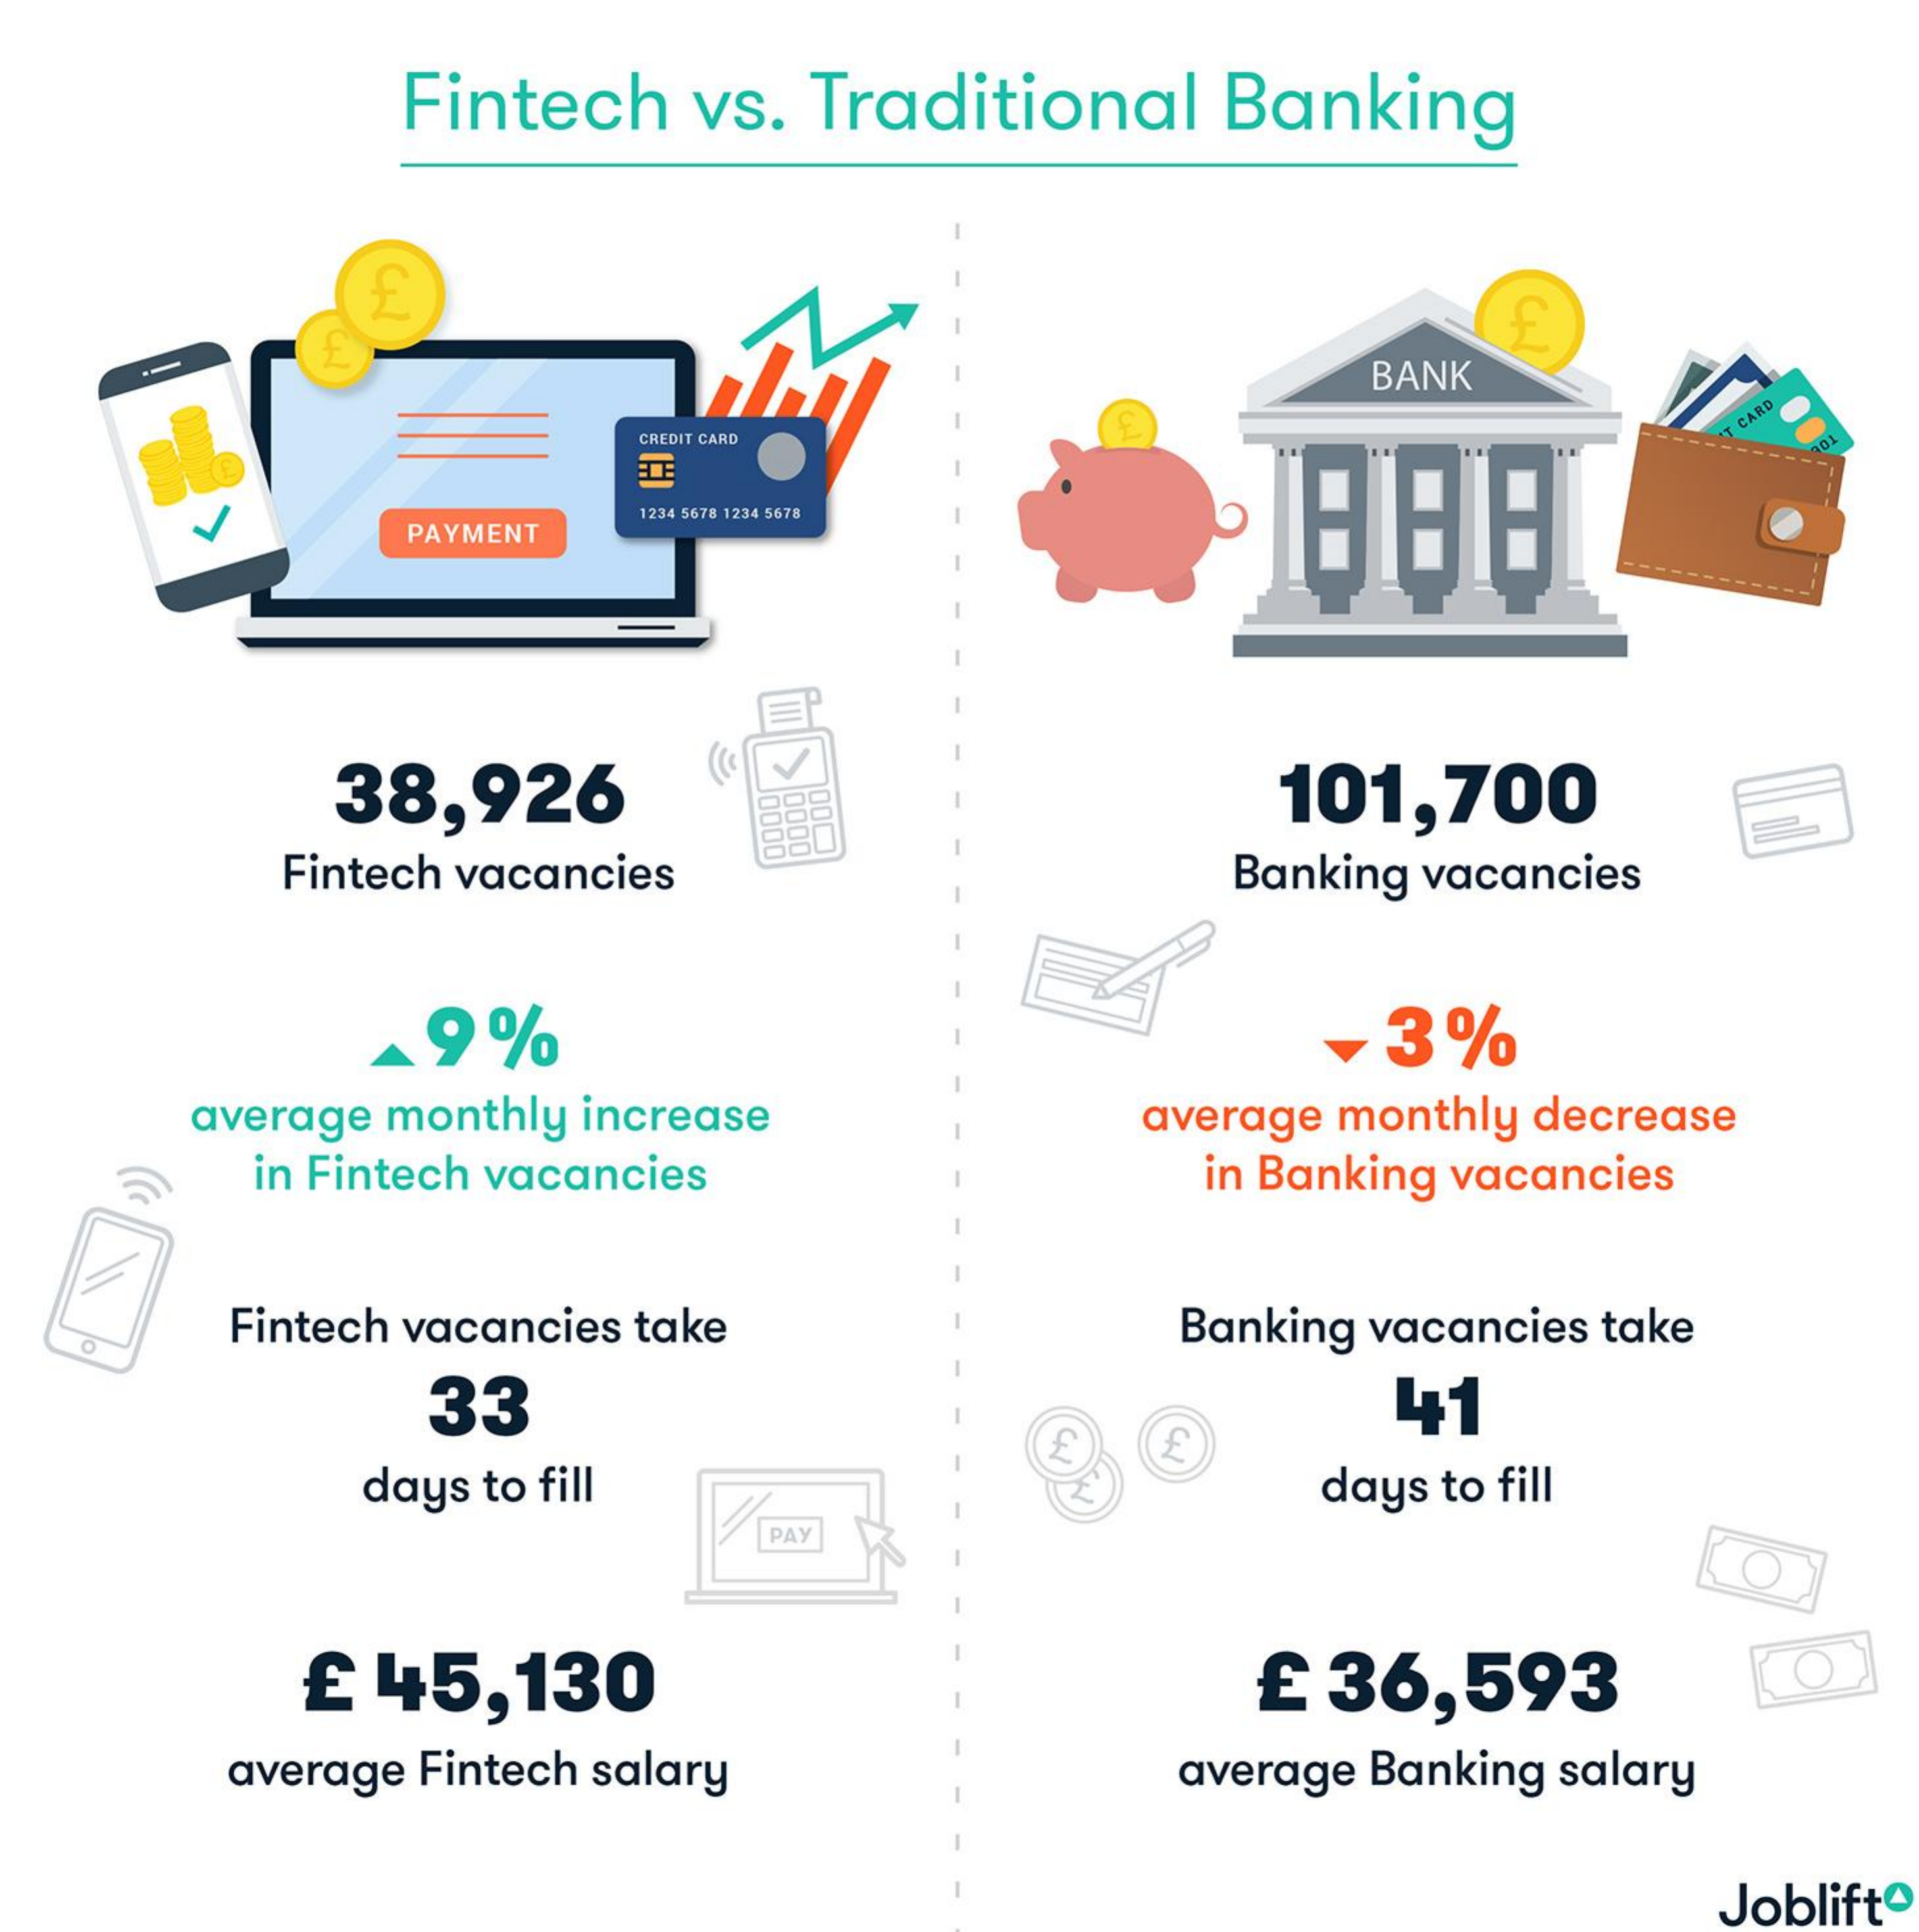
Fintech vs. Traditional Banking
     BANK
     CREDIT CARD
     CARD
     PAYMENT
     1234 5678 1234 5678
     38,926    101,700 0000 DOL 0000
     Fintech vacancies    Banking vacancies
     9%    -3%
     average monthly increase   average monthly decrease
     in Fintech vacancies    in Banking vacancies
     Fintech vacancies take    Banking vacancies take
     33    41
     days to fill    days to fill
     PAY
     O
     £ 45,130    £36,593    O
     average Fintech salary    average Banking salary
     Joblift®